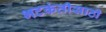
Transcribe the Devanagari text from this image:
भटकंतीसाठी